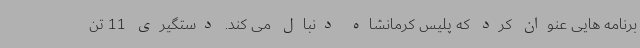
برنامه هایی عنوان کرد که پلیس کرمانشاه دنبال می کند. دستگیری 11 تن